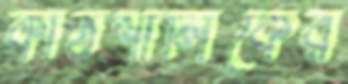
কাঠশালিকের